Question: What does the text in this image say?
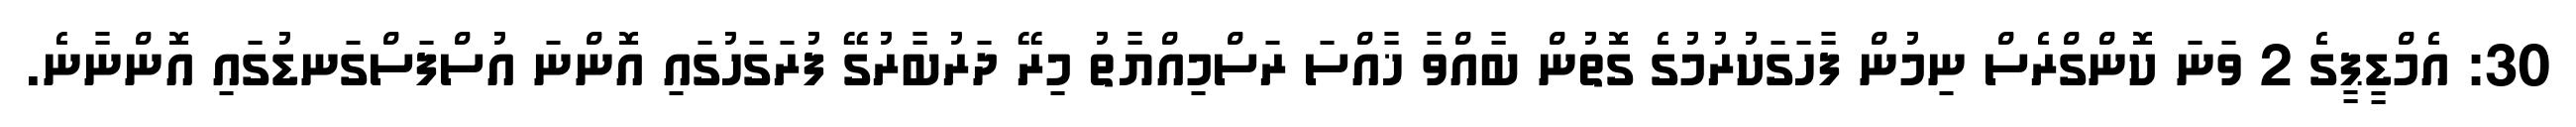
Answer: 30: އެމްޑީޕީގެ 2 ވަނަ ކޮންގްރެސް ނިމުން ފާހަގަކުރުމުގެ ގޮތުން ބާއްވާ ޚާއްސަ ރަސްމިއްޔާތު މިރޭ ދަރުބާރުގޭ ފުރަގަހުގައި އޮންނަ އުސްފަސްގަނޑުގައި އޮންނާނެ.